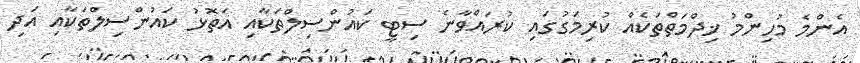
އެންމެ މުހިންމު ޚިދްމަތްތަކެއް ކުރިމަގުގައި ކުރައްވާނެ ސިޓީ ކައުންސިލްތަކާއި އަތޮޅު ކައުންސިލްތަކާއި އަދި